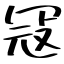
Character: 冦